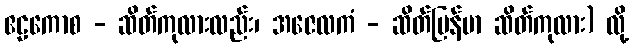
ဧဠကောစ - ဆိတ်ကုလားလည်း၊ အဇေလကံ - ဆိတ်မြန်မာ ဆိတ်ကုလား) လို့